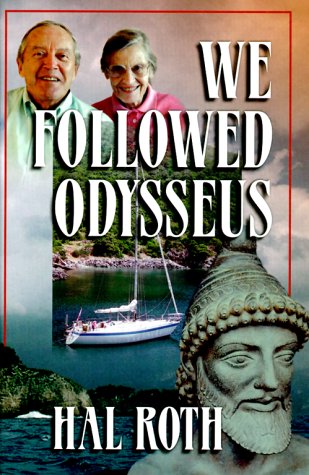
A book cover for We Followed Odysseus; Hal Roth; Travel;